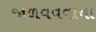
જાળવવવાના